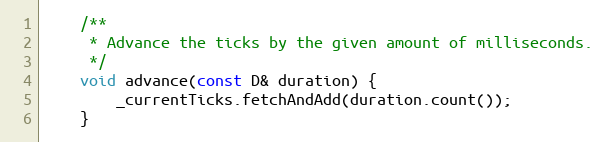
Language: C
    /**
     * Advance the ticks by the given amount of milliseconds.
     */
    void advance(const D& duration) {
        _currentTicks.fetchAndAdd(duration.count());
    }